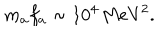
LaTeX: m _ { a } f _ { a } \sim 1 0 ^ { 4 } \, \mathrm { M e V } ^ { 2 } .